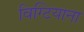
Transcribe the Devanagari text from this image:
विग्टियाना